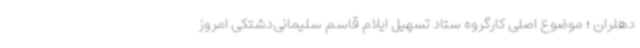
دهلران ؛ موضوع اصلی کارگروه ستاد تسهیل ایلام قاسم سلیمانی‌دشتکی امروز